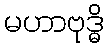
မဟာဗုဒ္ဓိ